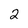
Character: 2